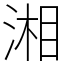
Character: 湘